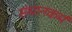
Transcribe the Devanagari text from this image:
संधानकर्म